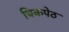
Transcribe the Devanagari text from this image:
चिकपेठ